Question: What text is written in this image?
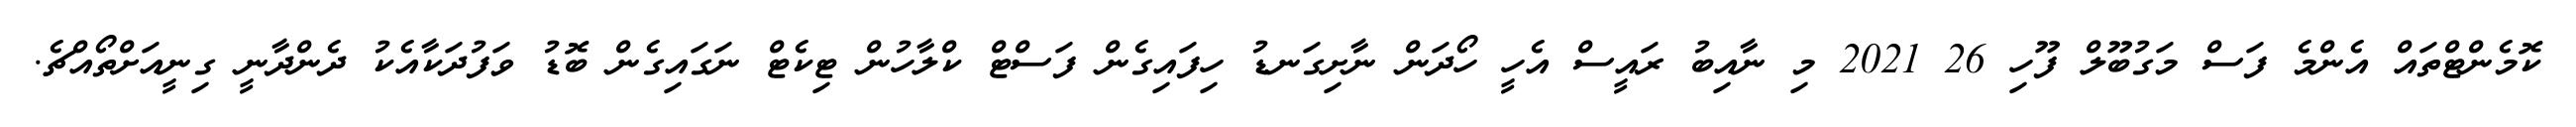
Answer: ކޮމެންޓްތައް އެންމެ ފަސް މަގުބޫލް ފޫހި 26 2021 މި ނާއިބު ރައީސް އެހީ ހޯދަން ނާށިގަނޑު ހިފައިގެން ފަސްޓް ކްލާހުން ޓިކެޓް ނަގައިގެން ބޮޑު ވަފުދަކާއެކު ދެންދާނީ ގިނީއަށްތޯއްޗެ.